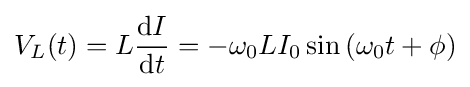
V_{L}(t)=L{\frac {\mathrm {d} I}{\mathrm {d} t}}=-\omega _{0}LI_{0}\sin \left(\omega _{0}t+\phi \right)